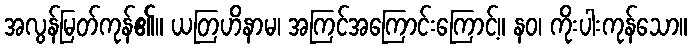
အလွန်မြတ်ကုန်၏။ ယတြဟိနာမ၊ အကြင်အကြောင်းကြောင့်။ နဝ၊ ကိုးပါးကုန်သော။